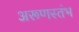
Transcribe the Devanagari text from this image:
अरूणस्तंभ